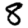
Digit: 8